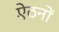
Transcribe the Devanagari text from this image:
ऐंठनों